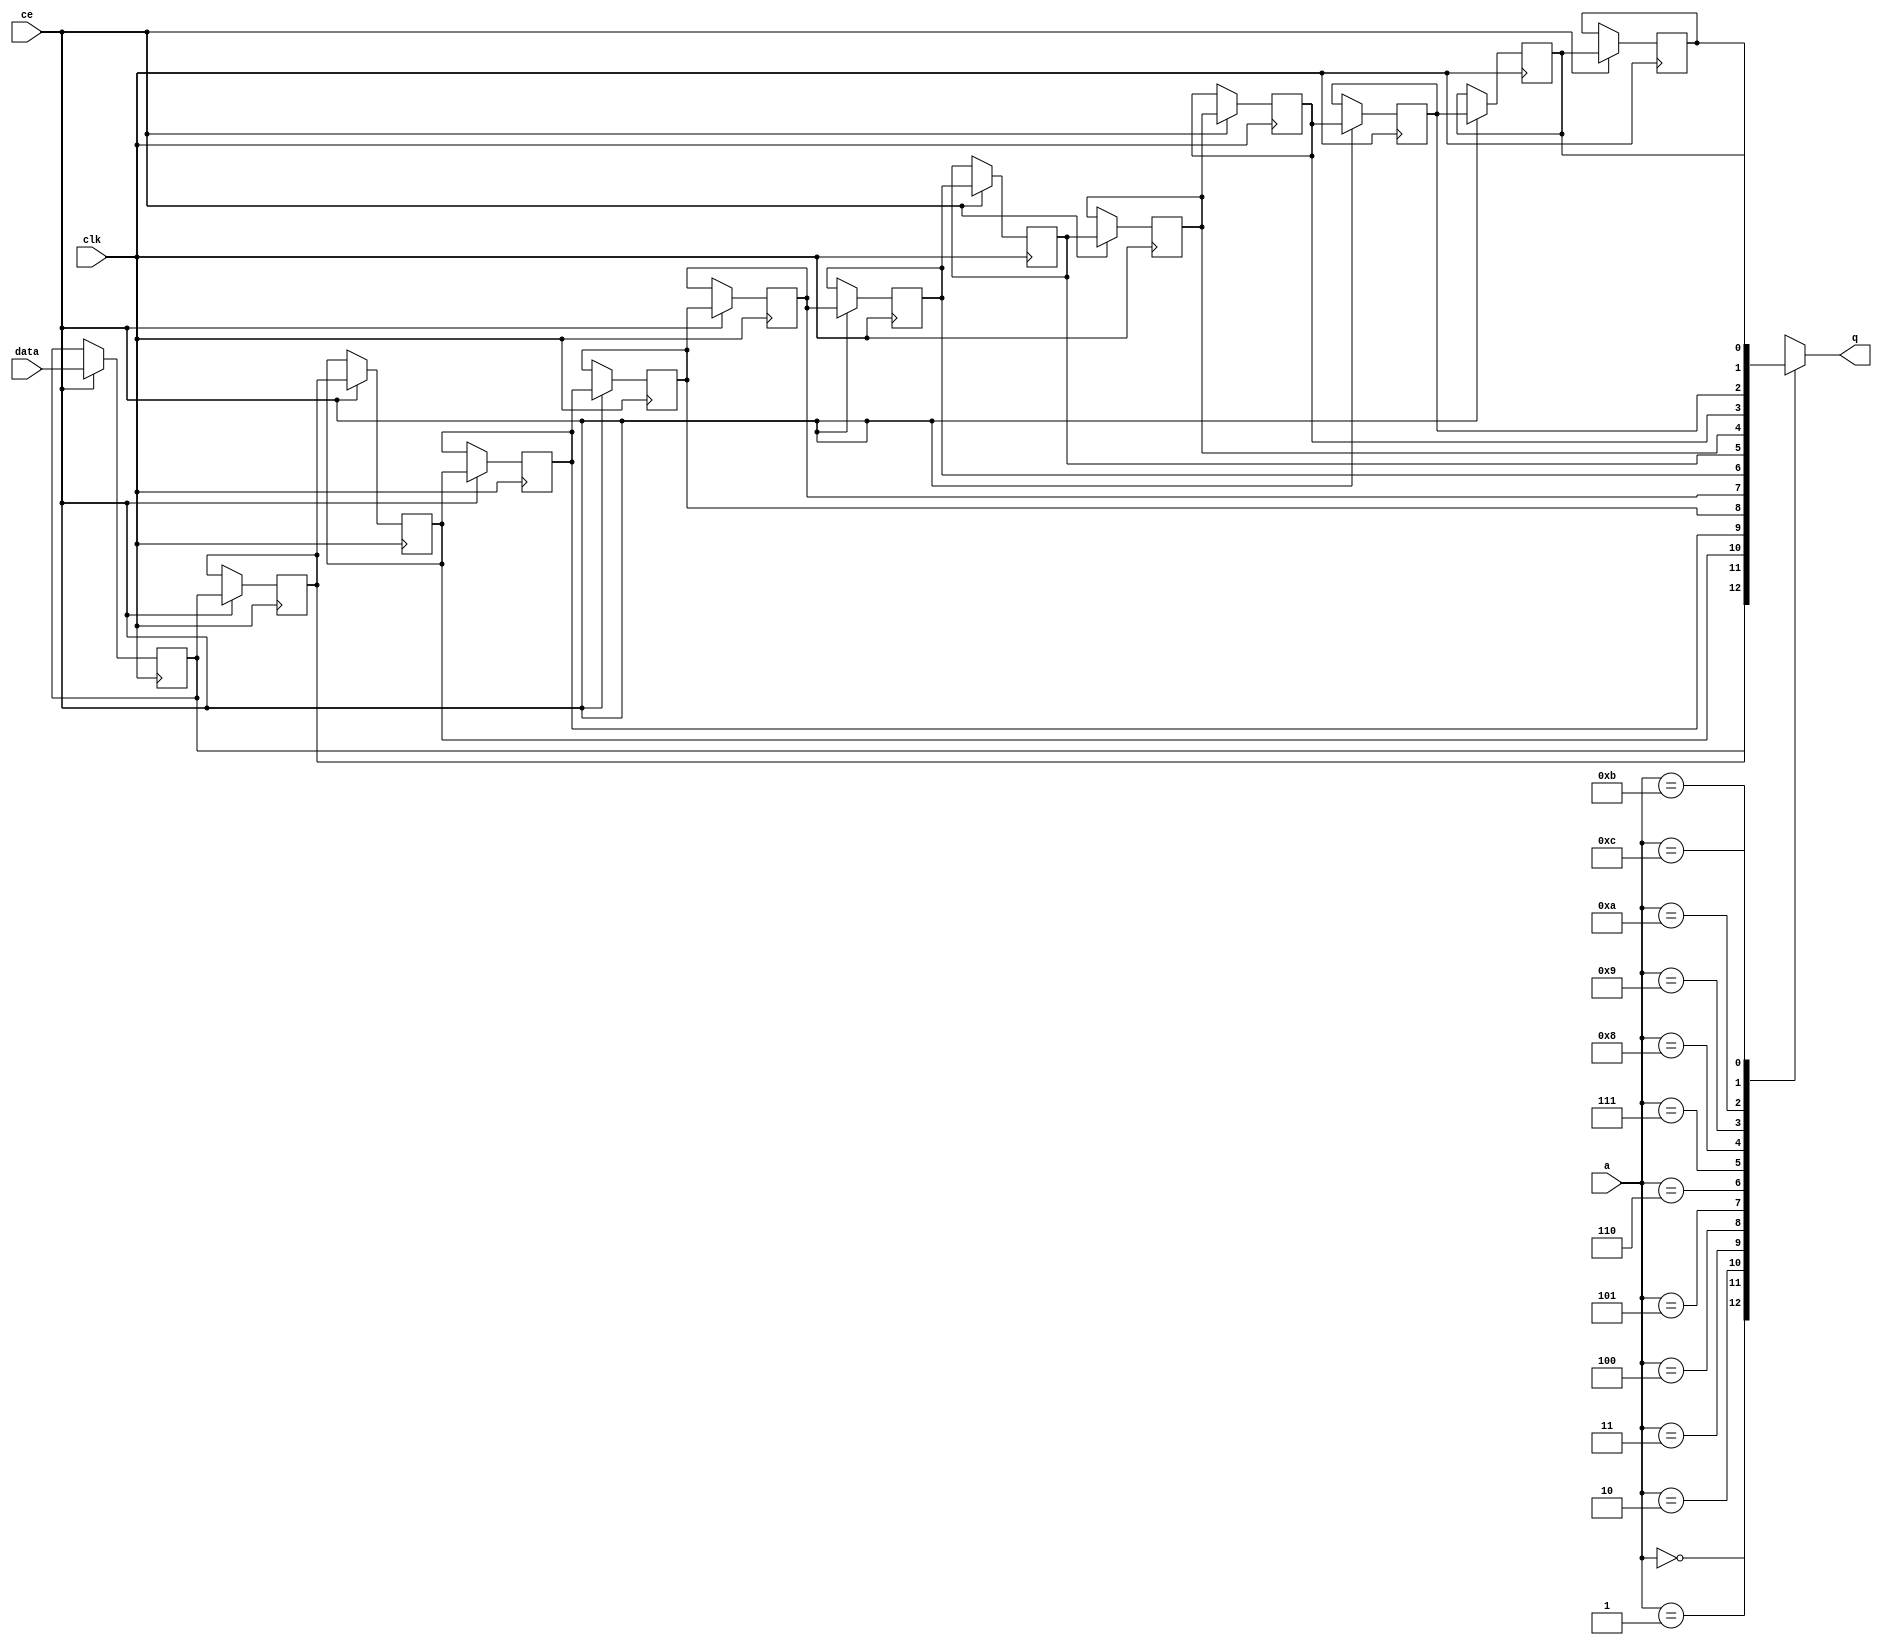
// ==============================================================
// Vitis HLS - High-Level Synthesis from C, C++ and OpenCL v2022.1 (64-bit)
// Tool Version Limit: 2022.04
// Copyright 1986-2022 Xilinx, Inc. All Rights Reserved.
// ==============================================================

`timescale 1 ns / 1 ps

module vadd_start_for_convert_vec_ID_offset_to_addr_38_8_U0_shiftReg (
    clk,
    data,
    ce,
    a,
    q);

parameter DATA_WIDTH = 32'd1;
parameter ADDR_WIDTH = 32'd4;
parameter DEPTH = 5'd13;

input clk;
input [DATA_WIDTH-1:0] data;
input ce;
input [ADDR_WIDTH-1:0] a;
output [DATA_WIDTH-1:0] q;

reg[DATA_WIDTH-1:0] SRL_SIG [0:DEPTH-1];
integer i;

always @ (posedge clk)
    begin
        if (ce)
        begin
            for (i=0;i<DEPTH-1;i=i+1)
                SRL_SIG[i+1] <= SRL_SIG[i];
            SRL_SIG[0] <= data;
        end
    end

assign q = SRL_SIG[a];

endmodule

module vadd_start_for_convert_vec_ID_offset_to_addr_38_8_U0 (
    clk,
    reset,
    if_empty_n,
    if_read_ce,
    if_read,
    if_dout,
    if_full_n,
    if_write_ce,
    if_write,
    if_din);

parameter MEM_STYLE   = "shiftreg";
parameter DATA_WIDTH  = 32'd1;
parameter ADDR_WIDTH  = 32'd4;
parameter DEPTH       = 5'd13;

input clk;
input reset;
output if_empty_n;
input if_read_ce;
input if_read;
output[DATA_WIDTH - 1:0] if_dout;
output if_full_n;
input if_write_ce;
input if_write;
input[DATA_WIDTH - 1:0] if_din;

wire[ADDR_WIDTH - 1:0] shiftReg_addr ;
wire[DATA_WIDTH - 1:0] shiftReg_data, shiftReg_q;
wire                     shiftReg_ce;
reg[ADDR_WIDTH:0] mOutPtr = ~{(ADDR_WIDTH+1){1'b0}};
reg internal_empty_n = 0;
reg internal_full_n = 1;

assign if_full_n = internal_full_n;
assign if_empty_n = internal_empty_n;
assign shiftReg_data = if_din;
assign if_dout = shiftReg_q;

always @ (posedge clk) begin
    if (reset == 1'b1)
    begin
        mOutPtr <= ~{ADDR_WIDTH+1{1'b0}};
        internal_empty_n <= 1'b0;
        internal_full_n <= 1'b1;
    end
    else begin
        if (((if_read & if_read_ce) == 1 & internal_empty_n == 1) && 
            ((if_write & if_write_ce) == 0 | internal_full_n == 0))
        begin
            mOutPtr <= mOutPtr - 5'd1;
            if (mOutPtr == 5'd0)
                internal_empty_n <= 1'b0;
            internal_full_n <= 1'b1;
        end 
        else if (((if_read & if_read_ce) == 0 | internal_empty_n == 0) && 
            ((if_write & if_write_ce) == 1 & internal_full_n == 1))
        begin
            mOutPtr <= mOutPtr + 5'd1;
            internal_empty_n <= 1'b1;
            if (mOutPtr == DEPTH - 5'd2)
                internal_full_n <= 1'b0;
        end 
    end
end

assign shiftReg_addr = mOutPtr[ADDR_WIDTH] == 1'b0 ? mOutPtr[ADDR_WIDTH-1:0]:{ADDR_WIDTH{1'b0}};
assign shiftReg_ce = (if_write & if_write_ce) & internal_full_n;

vadd_start_for_convert_vec_ID_offset_to_addr_38_8_U0_shiftReg 
#(
    .DATA_WIDTH(DATA_WIDTH),
    .ADDR_WIDTH(ADDR_WIDTH),
    .DEPTH(DEPTH))
U_vadd_start_for_convert_vec_ID_offset_to_addr_38_8_U0_ram (
    .clk(clk),
    .data(shiftReg_data),
    .ce(shiftReg_ce),
    .a(shiftReg_addr),
    .q(shiftReg_q));

endmodule